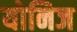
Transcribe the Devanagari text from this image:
योनिज